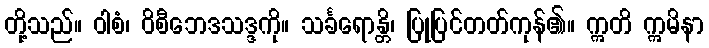
တို့သည်။ ဝါစံ၊ ဝိစီဘေဒသဒ္ဒကို။ သင်္ခရောန္တိ၊ ပြုပြင်တတ်ကုန်၏။ ဣတိ ဣမိနာ